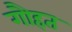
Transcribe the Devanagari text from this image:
गौहत